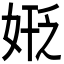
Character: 𪥻